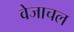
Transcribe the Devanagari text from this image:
वेजाचल